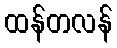
ထန်တလန်